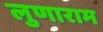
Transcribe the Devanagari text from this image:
लुणाराम